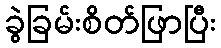
ခွဲခြမ်းစိတ်ဖြာပြီး